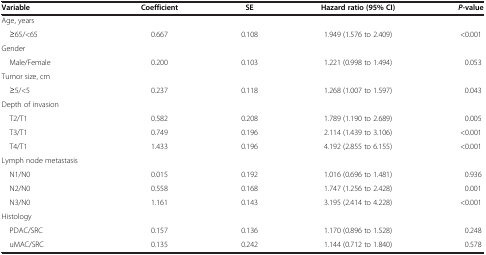
<table><thead><tr><td><b>Variable</b></td><td><b>Coefficient</b></td><td><b>SE</b></td><td><b>Hazard ratio (95% CI)</b></td><td><b><i>P-</i>value</b></td></tr></thead><tbody><tr><td>Age, years</td><td> </td><td> </td><td> </td><td> </td></tr><tr><td> ≥65/&lt;65</td><td>0.667</td><td>0.108</td><td>1.949 (1.576 to 2.409)</td><td>&lt;0.001</td></tr><tr><td>Gender</td><td> </td><td> </td><td> </td><td> </td></tr><tr><td> Male/Female</td><td>0.200</td><td>0.103</td><td>1.221 (0.998 to 1.494)</td><td>0.053</td></tr><tr><td>Tumor size, cm</td><td> </td><td> </td><td> </td><td> </td></tr><tr><td> ≥5/&lt;5</td><td>0.237</td><td>0.118</td><td>1.268 (1.007 to 1.597)</td><td>0.043</td></tr><tr><td>Depth of invasion</td><td> </td><td> </td><td> </td><td> </td></tr><tr><td> T2/T1</td><td>0.582</td><td>0.208</td><td>1.789 (1.190 to 2.689)</td><td>0.005</td></tr><tr><td> T3/T1</td><td>0.749</td><td>0.196</td><td>2.114 (1.439 to 3.106)</td><td>&lt;0.001</td></tr><tr><td> T4/T1</td><td>1.433</td><td>0.196</td><td>4.192 (2.855 to 6.155)</td><td>&lt;0.001</td></tr><tr><td>Lymph node metastasis</td><td> </td><td> </td><td> </td><td> </td></tr><tr><td> N1/N0</td><td>0.015</td><td>0.192</td><td>1.016 (0.696 to 1.481)</td><td>0.936</td></tr><tr><td> N2/N0</td><td>0.558</td><td>0.168</td><td>1.747 (1.256 to 2.428)</td><td>0.001</td></tr><tr><td> N3/N0</td><td>1.161</td><td>0.143</td><td>3.195 (2.414 to 4.228)</td><td>&lt;0.001</td></tr><tr><td>Histology</td><td> </td><td> </td><td> </td><td> </td></tr><tr><td> PDAC/SRC</td><td>0.157</td><td>0.136</td><td>1.170 (0.896 to 1.528)</td><td>0.248</td></tr><tr><td> uMAC/SRC</td><td>0.135</td><td>0.242</td><td>1.144 (0.712 to 1.840)</td><td>0.578</td></tr></tbody></table>